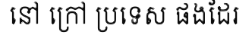
នៅ ក្រៅ ប្រទេស ផងដែរ